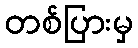
တစ်ပြားမှ